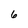
Character: 6